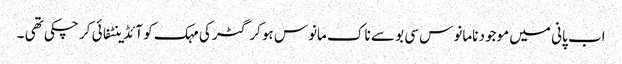
اب پانی میں موجود نامانوس سی بو سے ناک مانوس ہوکر گٹر کی مہک کو آئڈینٹفائی کر چکی تھی ۔